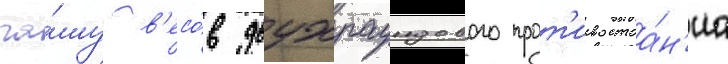
ча́шу в'есо́в двухраундового прот'ивостоа́н'иа